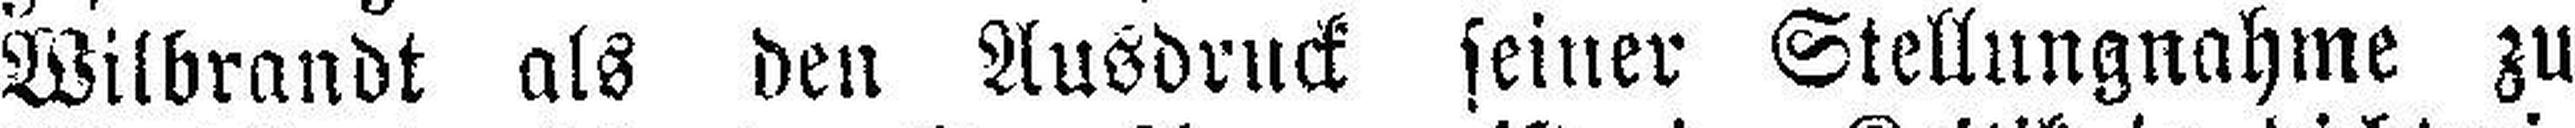
Wilbrandt als den Ausdruck seiner Stellungnahme zu